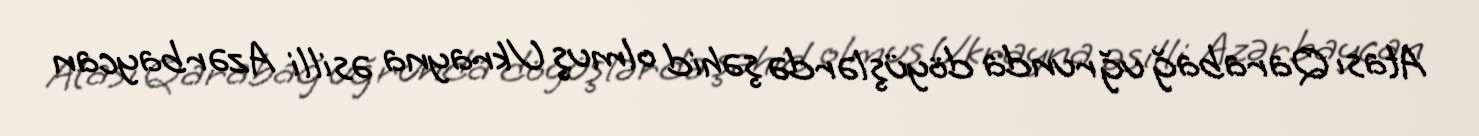
Atası Qarabağ uğrunda döyüşlərdə şəhid olmuş Ukrayna əsilli Azərbaycan